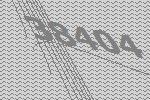
38404